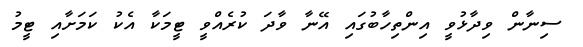
ސިނާން ވިދާޅުވީ އިންތިހާބުގައި އޭނާ ވާދަ ކުރެއްވީ ޓީމަކާ އެކު ކަމަށާއި ޓީމު